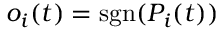
o _ { i } ( t ) = \mathrm { s g n } ( P _ { i } ( t ) )